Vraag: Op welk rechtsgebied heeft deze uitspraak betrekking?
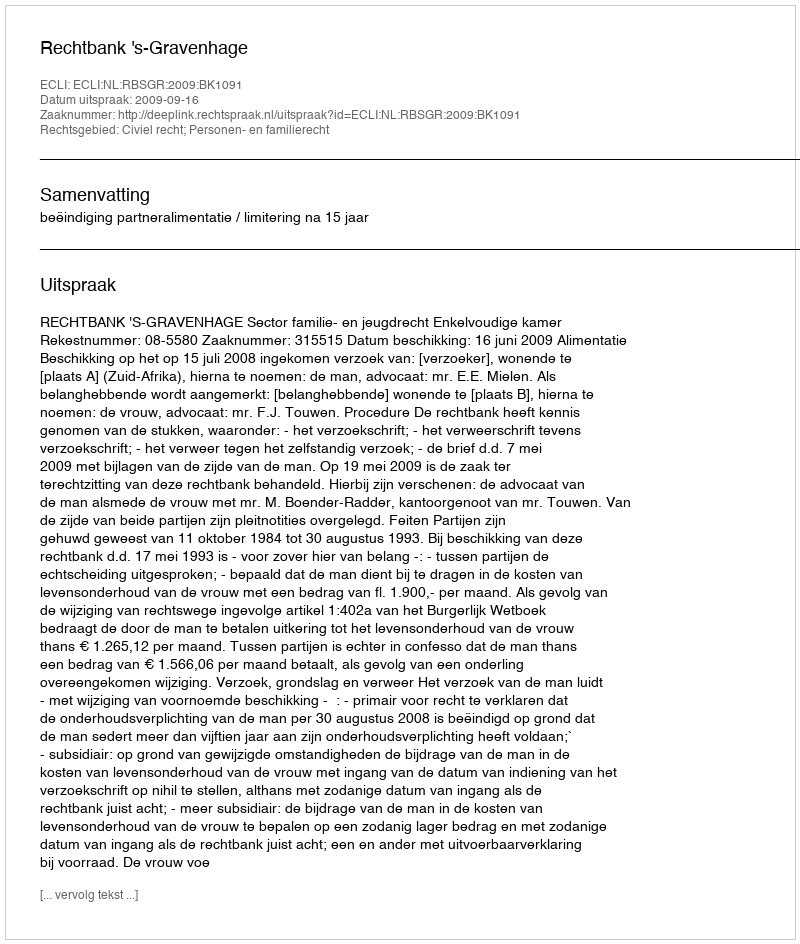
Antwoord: Civiel recht; Personen- en familierecht